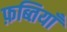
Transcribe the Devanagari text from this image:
फ़ब्तियाँ